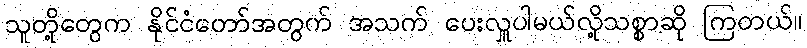
သူတို့တွေက နိုင်ငံတော်အတွက် အသက် ပေးလှူပါမယ်လို့သစ္စာဆို ကြတယ်။